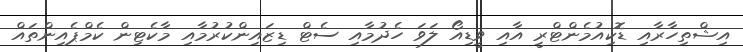
އިޝްތިހާރާއި ޑޮކިއުމެންޓްރީ އާއި ވީޑިއޯ ލަވަ ހެދުމާއި ސެޓް ޑިޒައިންކުރުމާއި މާކެޓިން ކެމްޕެއިންތައް